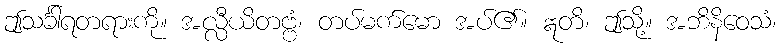
ဤသင်္ခါရတရားကို။ အလ္လီယိတဗ္ဗံ၊ တပ်မက်မော အပ်၏။ ဣတိ၊ ဤသို့။ အဘိနိဝေသံ၊